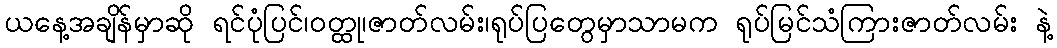
ယနေ့အချိန်မှာဆို ရင်ပုံပြင်၊ဝတ္ထု၊ဇာတ်လမ်း၊ရုပ်ပြတွေမှာသာမက ရုပ်မြင်သံကြားဇာတ်လမ်း နဲ့